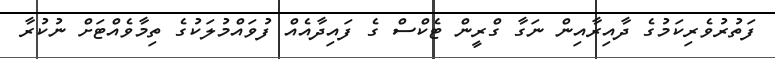
ފަތުރުވެރިކަމުގެ ދާއިރާއިން ނަގާ ގްރީން ޓެކްސް ގެ ފައިދާއެއް ފުވައްމުލަކުގެ ތިމާވެއްޓަށް ނުކުރާ